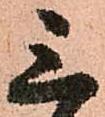
三